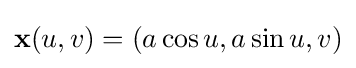
\mathbf {x} (u,v)=(a\cos u,a\sin u,v)